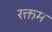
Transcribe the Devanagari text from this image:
रक्तम